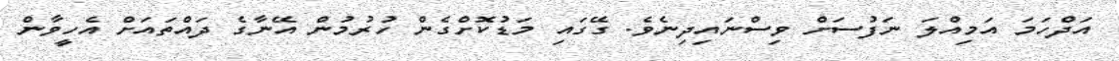
އަދްހަމަ އަމިއްލަ ނަފުސަށް ވިސްނައިދިނެވެ. ގޭގައި މަޑުކޮށްގެން ހުރުމުން އޭނާގެ ދައްތައަށް އެހީވާން